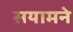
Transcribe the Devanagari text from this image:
सयामने